Lunatic asylums in Bengal annual reports 1899-1911 - 1899-1911
Year: 1899
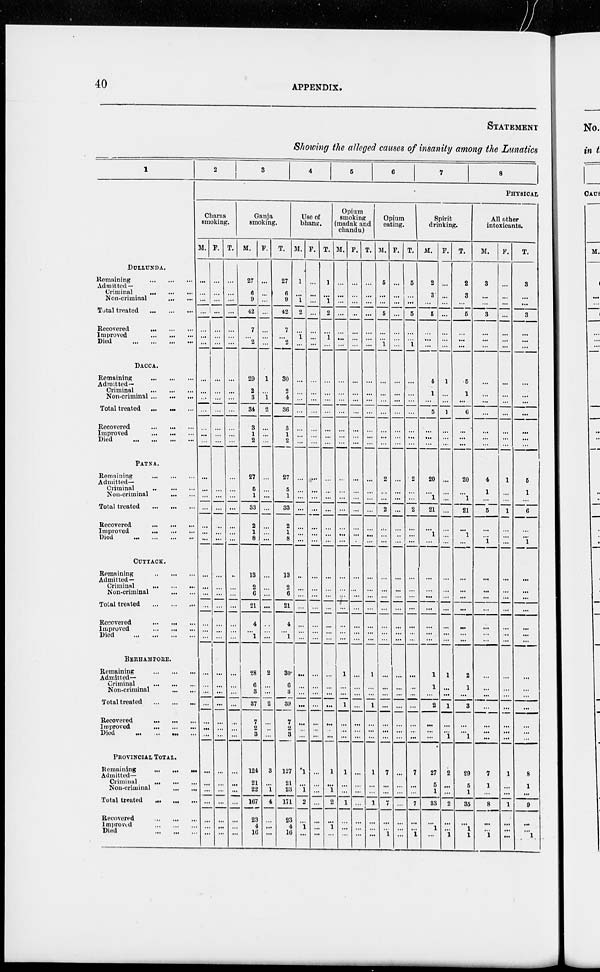
40
APPENDIX.
STATEMENT
Showing the alleged causes of insanity among the Lunatics
1
DULLUNDA.
Remaining
...
...
...
Admitted —
Criminal
...
...
...
Non-criminal
...
...
Total treated
...
...
...
Recovered
...
...
...
Improved
...
...
...
Died
...
...
...
...
DACCA.
Remaining
...
...
...
Admitted-
Criminal
...
...
...
Non-criminal
...
...
...
Total treated
...
...
...
Recovered
...
... ...
Improved
...
...
...
Died
...
...
...
...
PATNA.
Remaining
...
...
...
Admitted-
Criminal
...
...
...
Non-criminal
...
...
Total treated
...
...
...
Recovered
...
...
...
Improved
...
...
...
Died
...
...
...
...
CUTTACK.
Remaining
...
...
...
Admitted—
Criminal
...
...
...
Non-criminal
...
...
Total treated
...
...
...
Recovered
...
...
...
Improved
...
...
...
Died
...
...
...
BERHAMPORE.
Remaining
...
...
...
Admitted-
Criminal
...
...
...
Non-criminal
... ...
Total treated ... ... ...
Recovered
...
...
...
Improved ... ... ...
Died
... ... ... ...
PROVINCIAL TOTAL.
Remaining
...
...
...
Admitted-
Criminal ... ... ...
Non-criminal ... ... ...
Total treated ... ... ...
Recovered ... ... ...
Improved
...
...
...
Died
...
...
...
...
2
3
4
5
6
7
8
PHYSICAL
Charas
smoking.
M.
...
...
...
...
...
...
...
...
...
...
...
...
...
...
...
...
...
...
...
...
...
...
...
...
...
...
...
...
...
...
...
...
...
...
...
...
...
...
...
...
...
...
F.
...
...
...
...
...
...
...
...
...
...
...
...
...
...
...
...
...
...
...
...
...
...
...
...
...
...
...
...
...
...
...
...
...
...
...
...
...
...
.. .
...
...
...
T.
...
...
...
...
...
...
...
...
...
...
...
...
...
...
...
...
...
...
...
...
...
...
...
...
...
...
...
...
...
...
...
...
...
...
...
...
...
...
...
...
...
Ganja
smoking.
M.
27
6
9
42
7
...
2
29
2
3
34
3
1
2
27
5
1
33
2
1
8
13
2
6
21
4
...
1
28
6
3
37
7
2
3
124
21
22
167
23
4
16
F.
...
...
...
...
...
...
...
1
...
1
2
...
...
...
...
...
...
...
...
...
...
...
...
...
...
...
...
...
2
...
...
2
...
...
...
3
...
1
4
...
...
...
T.
27
6
9
42
7
...
2
30
2
4
36
3
1
2
27
5
1
33
2
1
8
13
2
6
21
4
...
1
30
6
3
39
7
2
3
127
21
23
171
23
4
16
Use of
bhang.
M.
1
...
1
2
...
1
...
...
...
...
...
...
...
...
...
...
...
...
...
...
...
...
...
...
...
...
...
...
...
...
...
...
...
...
...
1
...
1
2
...
1
...
F.
...
...
...
...
...
...
...
...
...
...
...
...
...
...
...
...
...
...
...
...
...
...
...
...
...
...
...
...
...
...
...
...
...
...
...
...
...
...
...
...
...
...
T.
1
...
1
2
...
1
...
...
...
...
...
...
...
...
...
...
...
...
...
...
...
...
...
...
...
...
...
...
...
...
...
...
...
...
...
1
...
1
2
...
1
...
Opium
smoking
(madak and
chandu)
M.
...
...
...
...
...
...
...
...
...
...
...
...
...
...
...
...
...
...
...
...
...
...
...
...
...
...
...
...
1
...
...
1
...
...
...
1
...
...
1
...
...
...
F.
...
..
...
...
...
...
...
...
...
...
...
...
...
...
...
...
...
...
...
...
...
...
...
...
...
...
...
...
...
...
...
...
...
...
..
...
...
...
...
...
...
...
T.
...
...
...
...
...
...
...
...
...
...
...
...
...
...
...
...
...
...
...
...
...
...
...
...
...
...
...
...
1
...
...
1
...
...
...
1
...
...
1
...
...
...
Opium
eating.
M.
5
...
...
5
...
...
1
...
...
...
...
...
...
...
2
...
...
2
...
...
...
...
...
...
...
...
...
...
...
...
...
...
...
...
...
7
...
...
7
...
...
1
F.
...
...
...
...
...
...
...
...
...
...
...
...
...
...
...
...
...
...
...
..
...
...
...
...
...
...
...
...
...
...
...
...
...
...
...
...
...
...
...
...
...
...
T.
5
...
...
5
...
...
1
...
...
...
...
...
...
...
2
...
2
...
...
...
...
...
...
...
...
...
...
...
...
...
...
...
...
...
7
...
...
7
...
...
1
Spirit
drinking.
M.
2
3
...
5
...
...
...
4
1
...
5
...
...
...
20
...
1
21
...
1
...
...
...
...
...
...
...
...
1
1
...
2
...
... ...
27
5
1
33
...
1
...
F.
...
...
...
...
...
...
...
1
...
...
1
...
...
...
...
...
...
...
...
...
...
...
...
...
...
...
...
...
1
...
...
1
...
... 1
2
...
...
2
...
...
1
T.
2
3
...
5
...
...
...
5
1
...
6
...
...
...
20
...
1
21
...
1
...
...
...
...
...
...
...
...
2
1
...
3
...
... 1
29
5
1
35
...
1
1
All other
intoxicants.
M.
3
...
...
3
...
...
...
...
...
...
...
...
...
...
4
1
...
5
...
...
1
...
...
...
...
...
...
...
...
...
...
...
...
...
...
7
1
...
8
...
...
1
F.
...
...
...
...
...
...
...
...
...
...
...
...
...
...
1
...
...
1
...
...
...
...
...
...
...
...
...
...
...
...
...
...
...
...
...
1
...
...
1
...
...
...
T.
3
...
...
3
...
...
...
...
...
...
...
...
...
...
5
1
...
6
...
...
1
...
...
...
...
...
...
...
...
...
...
...
...
... ...
8
1
...
9
...
...
1